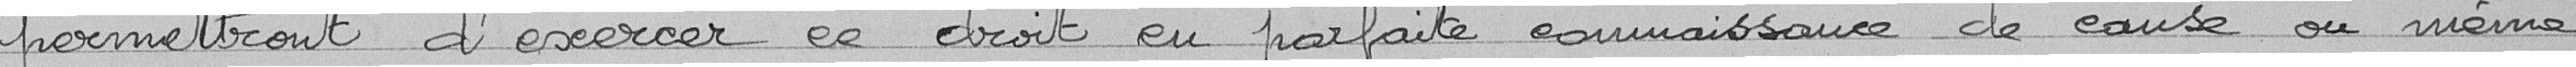
permettront d'exercer ce droit en parfaite connaissance de cause ou même